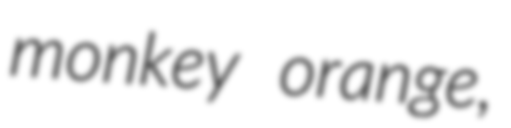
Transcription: monkey orange,